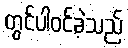
တွင်ပါဝင်ခဲ့သည်